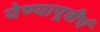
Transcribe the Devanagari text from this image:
येण्यापूवीर्च